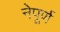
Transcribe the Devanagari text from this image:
नेपूर्ण